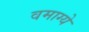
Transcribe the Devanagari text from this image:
वमाग्ये